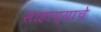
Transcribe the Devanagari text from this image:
साहाय्याचे